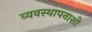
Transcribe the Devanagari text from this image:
व्यवस्थापनाशी